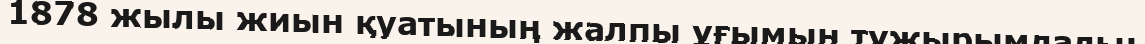
1878 жылы жиын қуатының жалпы ұғымын тұжырымдады;